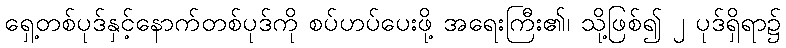
ရှေ့တစ်ပုဒ်နှင့်နောက်တစ်ပုဒ်ကို စပ်ဟပ်ပေးဖို့ အရေးကြီး၏၊ သို့ဖြစ်၍ ၂ ပုဒ်ရှိရာ၌